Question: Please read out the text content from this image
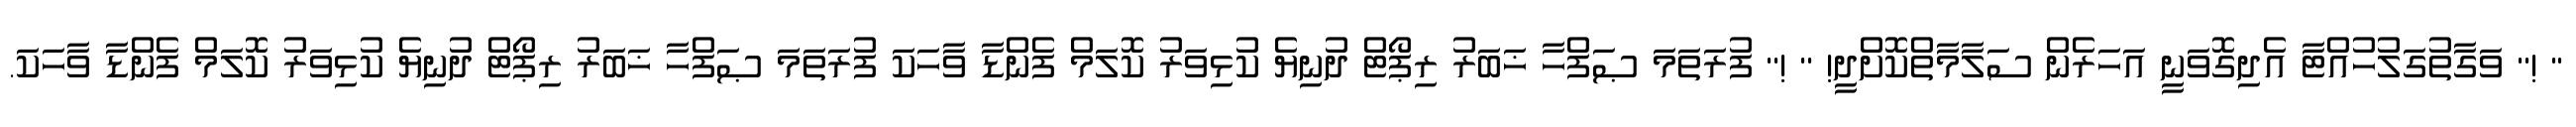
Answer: '' !'' ވަގާތުގަލުހުއްޓާ އެދިގޮވަނީ އަހަރެން ސަލާމާތްކޮށްދީ! '' !'' ފުރަތަމަ ޞަފްހާ ޚަބަރު ރިޕޯޓް ދުނިޔެ ކުޅިވަރު ކޮލަމް ފެންޑާ ވާހަކަ ފުރަތަމަ ޞަފްހާ ޚަބަރު ރިޕޯޓް ދުނިޔެ ކުޅިވަރު ކޮލަމް ފެންޑާ ވާހަކަ.